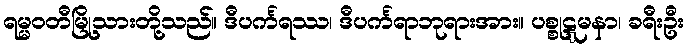
ရမ္မဝတီမြို့သားတို့သည်။ ဒီပင်္ကရဿ၊ ဒီပင်္ကရာဘုရားအား။ ပစ္စုဋ္ဋမနာ၊ ခရီးဦး